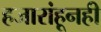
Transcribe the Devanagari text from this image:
हजारांहूनही